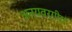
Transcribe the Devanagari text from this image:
अन्यवर्गीय